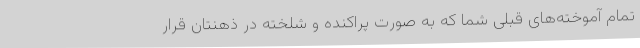
تمام آموخته‌های قبلی شما که به صورت پراکنده و شلخته در ذهنتان قرار